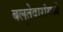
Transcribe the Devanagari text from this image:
बलुतेदारांमध्ये